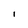
Character: I